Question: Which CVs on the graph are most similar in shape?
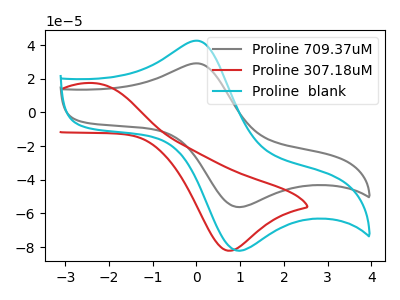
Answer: <think>The gray curve "Proline 709.37uM" has an anodic peak at (0.05V, 29.05uA) and a cathodic peak at (1.00V, -56.20uA). The red curve "Proline 307.18uM" has an anodic peak at (-2.35V, 17.45uA) and a cathodic peak at (0.75V, -82.15uA). The cyan curve "Proline  blank" has an anodic peak at (0.05V, 42.50uA) and a cathodic peak at (1.00V, -82.15uA).
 "Proline 709.37uM" and "Proline 307.18uM" have at least one peak that do not match. All the peaks in "Proline 709.37uM" have a peak in "Proline  blank" at the same potential. Every peak in "Proline 709.37uM" is lower than every peak in "Proline  blank". "Proline 307.18uM" and "Proline  blank" have at least one peak that do not match.</think>
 <answer>"Proline  blank" and "Proline 709.37uM" have the same shape and are likely CV's of the same chemical.</answer>
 <eval>"Proline  blank" "Proline 709.37uM"</eval>